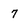
Character: 7